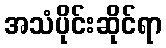
အသံပိုင်းဆိုင်ရာ